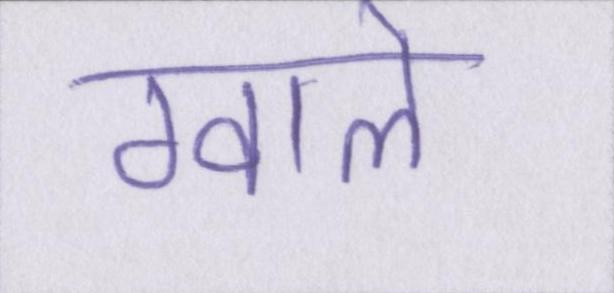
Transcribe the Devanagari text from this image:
ग्वाले